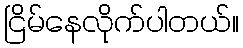
ငြိမ်နေလိုက်ပါတယ်။